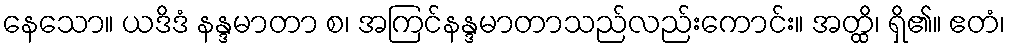
နေသော။ ယဒိဒံ နန္ဒမာတာ စ၊ အကြင်နန္ဒမာတာသည်လည်းကောင်း။ အတ္ထိ၊ ရှိ၏။ ဧတံ၊